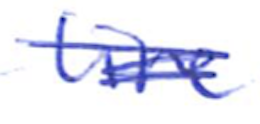
Text: line
Cross-out: scratch
Writing tool: ballpoint